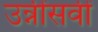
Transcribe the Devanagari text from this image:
उन्नींसवीं